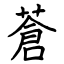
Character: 蒼